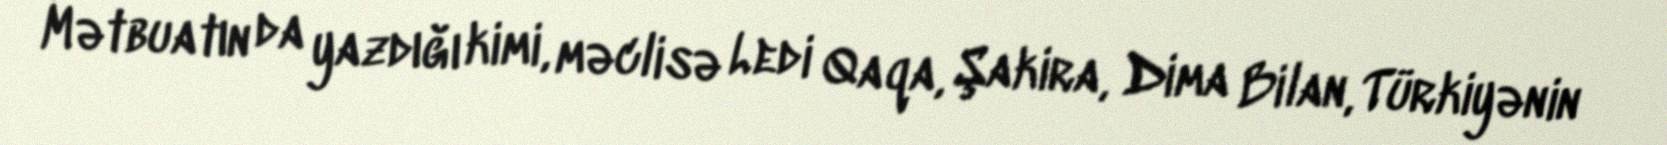
Mətbuatın da yazdığı kimi, məclisə Ledi Qaqa, Şakira, Dima Bilan, Türkiyənin